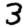
Digit: 3